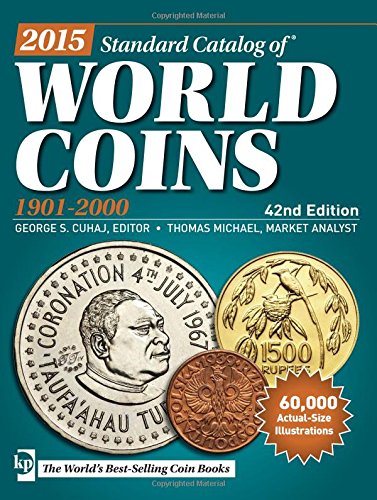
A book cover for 2015 Standard Catalog of World Coins 1901-2000; Crafts, Hobbies & Home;